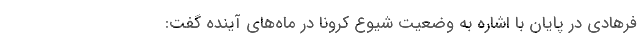
فرهادی در پایان با اشاره به وضعیت شیوع کرونا در ماه‌های آینده گفت: